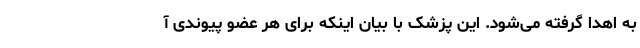
به اهدا گرفته می‌شود. این پزشک با بیان اینکه برای هر عضو پیوندی آ